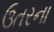
ઉતરના